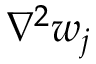
{ \nabla } ^ { 2 } w _ { j }